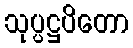
သုပ္ပဋ္ဌပိတော